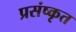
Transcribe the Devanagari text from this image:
प्रसंष्कृत